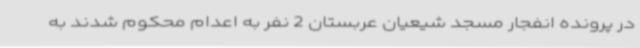
در پرونده انفجار مسجد شیعیان عربستان 2 نفر به اعدام محکوم شدند به